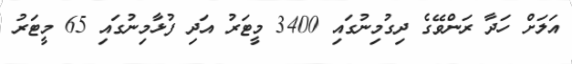
އަލަށް ހަދާ ރަންވޭގެ ދިގުމިނުގައި 3400 މީޓަރު އަދި ފުޅާމިނުގައި 65 މީޓަރު